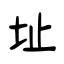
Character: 址